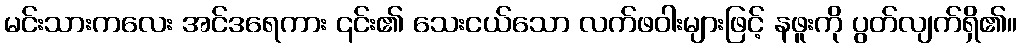
မင်းသားကလေး အင်ဒရေကား ၎င်း၏ သေးငယ်သော လက်ဖဝါးများဖြင့် နဖူးကို ပွတ်လျက်ရှိ၏။